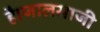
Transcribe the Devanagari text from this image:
है।जालसाजी